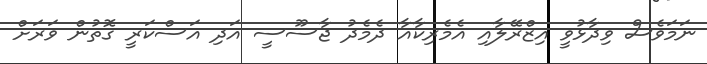
ނަމަވެސް ވިދާޅުވީ އިޒްރޭލާއި އެމެރިކާއާ ދެމެދު ޖާސޫސީ އަދި އަސްކަރީ ގޮތުން ވަރަށް